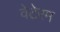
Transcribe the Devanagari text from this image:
वेटेरम